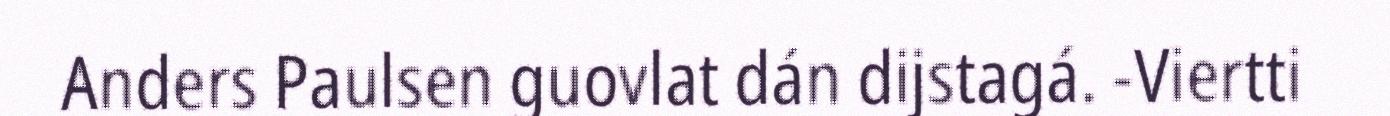
Anders Paulsen guovlat dán dijstagá. -Viertti